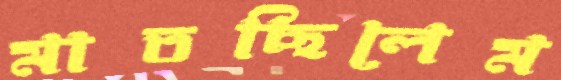
মাতছিলেম